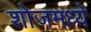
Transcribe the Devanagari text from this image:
शोजमध्ये